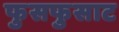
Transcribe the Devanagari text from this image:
फुसफुसाट